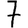
Digit: 7